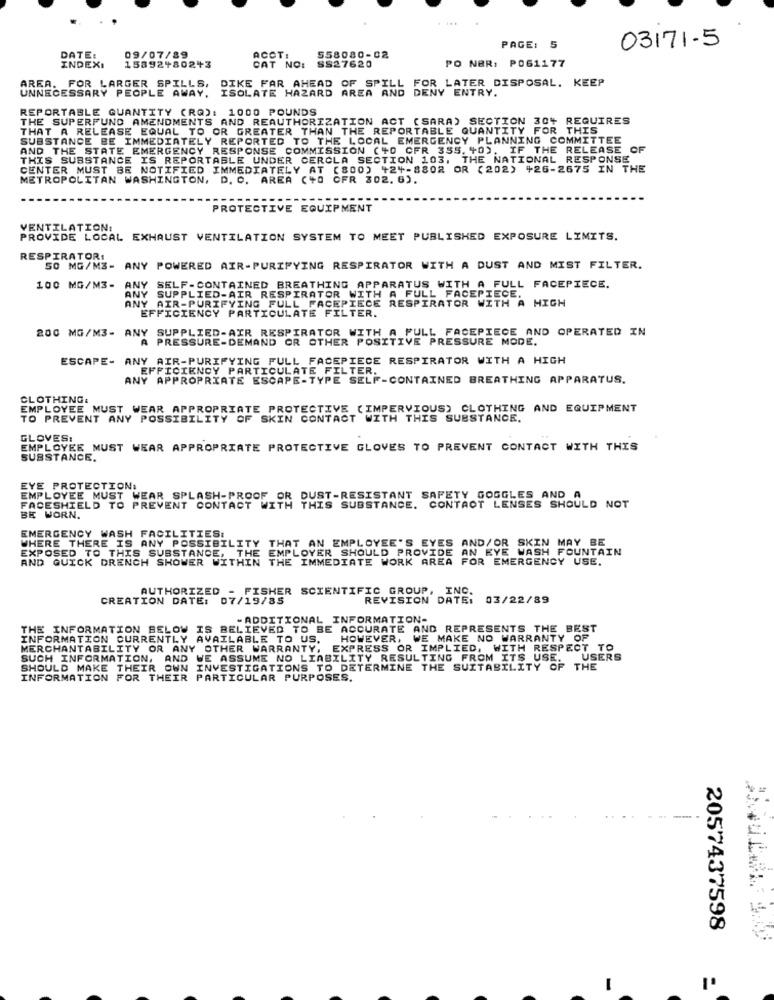
03171-5
PAGE: 5
DATE:
09/07/89
ACCT:
SS27620
558080-02
PO NER: P061177
INDEXI
15892+802+3
CAT NO:
DIKE FAR AHEAD OF SPILL FOR LATER DISPOSAL. KEEP
UNNECESSARY PEOPLE AWAY, ISOLATE HAZARD AREA AND DENY ENTRY.
AREA. FOR LARGER SPILLS,
REPORTABLE QUANTITY (RQ): 1000 POUNDS
THE SUPERFUND AMENDMENTS AND REAUTHORIZATION ACT (SARA) SECTION 304 REQUIRES
THAT A RELEASE EQUAL TO OR GREATER THAN THE REPORTABLE QUANTITY FOR THIS
SUBSTANCE BE IMMEDIATELY REPORTED TO THE LOCAL EMERGENCY PLANNING COMMITTEE
AND THE STATE EMERGENCY RESPONSE COMMISSION (+0 CFR 355. 40), IF THE RELEASE OF
THIS SUBSTANCE IS REPORTABLE UNDER CERCLA SECTION 103, THE NATIONAL RESPONSE
CENTER MUST BE NOTIFIED IMMEDIATELY AT (800) +24-8802 OR (202) +26-2675 IN THE
METROPOLITAN WASHINGTON, D. O. AREA (+0 CFR 302. 6).
PROTECTIVE EQUIPMENT
VENTILATION:
PROVIDE LOCAL EXHAUST VENTILATION SYSTEM TO MEET PUBLISHED EXPOSURE LIMITS.
RESPIRATORI
50 MG/M3- ANY POWERED AIR-PURIFYING RESPIRATOR WITH A DUST AND MIST FILTER.
SELF-CONTAINED BREATHING APPARATUS WITH A FULL FACEPIECE.
100 MG/M3- ANY
ANY SUPPLIED-AIR RESPIRATOR WITH A FULL FACEPIECE.
ANY AIR-PURIFYING FULL FACEPIECE RESPIRATOR WITH A HIGH
EFFICIENCY PARTICULATE FILTER.
200 MG/M3- ANY SUPPLIED-AIR RESPIRATOR WITH A FULL FACEPIECE AND OPERATED IN
A PRESSURE-DEMAND OR OTHER POSITIVE PRESSURE MODE.
ESCAPE- ANY AIR-PURIFYING FULL FACEPIECE RESPIRATOR WITH A HIGH
EFFICIENCY PARTICULATE FILTER.
ANY APPROPRIATE ESCAPE-TYPE SELF-CONTAINED BREATHING APPARATUS.
CLOTHING:
EMPLOYEE MUST WEAR APPROPRIATE PROTECTIVE (IMPERVIOUS) CLOTHING AND EQUIPMENT
TO PREVENT ANY POSSIBILITY OF SKIN CONTACT WITH THIS SUBSTANCE.
GLOVES:
EMPLOYEE MUST WEAR APPROPRIATE PROTECTIVE GLOVES TO PREVENT CONTACT WITH THIS
SUBSTANCE.
EYE PROTECTION:
EMPLOYEE MUST WEAR SPLASH-PROOF OR DUST-RESISTANT SAFETY GOGGLES AND A
FACESHIELD TO PREVENT CONTACT WITH THIS SUBSTANCE. CONTACT LENSES SHOULD NOT
BE WORN.
EMERGENCY WASH FACILITIES:
WHERE THERE IS ANY POSSIBILITY THAT AN EMPLOYEE'S EYES AND/OR SKIN MAY BE
EXPOSED TO THIS SUBSTANCE, THE EMPLOYER SHOULD PROVIDE AN EYE WASH FOUNTAIN
AND QUICK DRENCH SHOWER WITHIN THE IMMEDIATE WORK AREA FOR EMERGENCY USE.
AUTHORIZED
FISHER SCIENTIFIC GROUP, INC.
CREATION DATE: 07/19/85
REVISION DATE: 03/22/89
03/22/89
- ADDITIONAL INFORMATION-
THE INFORMATION BELOW IS BELIEVED TO BE ACCURATE AND REPRESENTS THE BEST
INFORMATION CURRENTLY AVAILABLE TO US.
E MAKE NO WARRANTY OF
MERCHANTABILITY OR ANY OTHER WARRANTY, EXPRESS OR IMPLIED, WITH RESPECT TO
SUCH INFORMATION,
AND WE ASSUME NO LIABILITY RESULTING FROM ITS USE.
USERS
SHOULD MAKE THEIR OWN INVESTIGATIONS TO DETERMINE THE SUITABILITY OF THE
INFORMATION FOR THEIR PARTICULAR PURPOSES.
2057437598